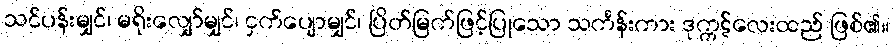
သင်ပန်းမျှင်၊ မရိုးလျှော်မျှင်၊ ငှက်ပျောမျှင်၊ ပြိတ်မြက်ဖြင့်ပြုသော သင်္ကန်းကား ဒုက္ကဋ်လေးထည် ဖြစ်၏။